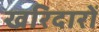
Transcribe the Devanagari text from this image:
खरिदारों